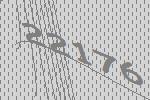
22176